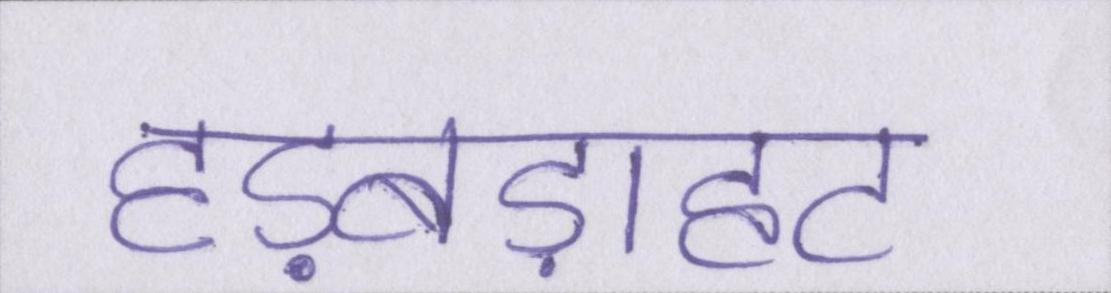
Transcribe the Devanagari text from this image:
हड़बड़ाहट